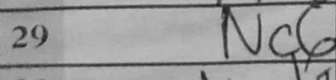
Transcription: Nc6